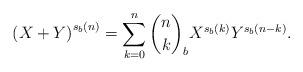
LaTeX: \begin{align*}\left(X+Y\right)^{s_b(n)} = \sum_{k=0}^{n}\binom{n}{k}_b X^{s_b(k)}Y^{s_b(n-k)}.\end{align*}